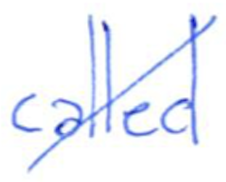
Text: called
Cross-out: diagonal
Writing tool: ballpoint